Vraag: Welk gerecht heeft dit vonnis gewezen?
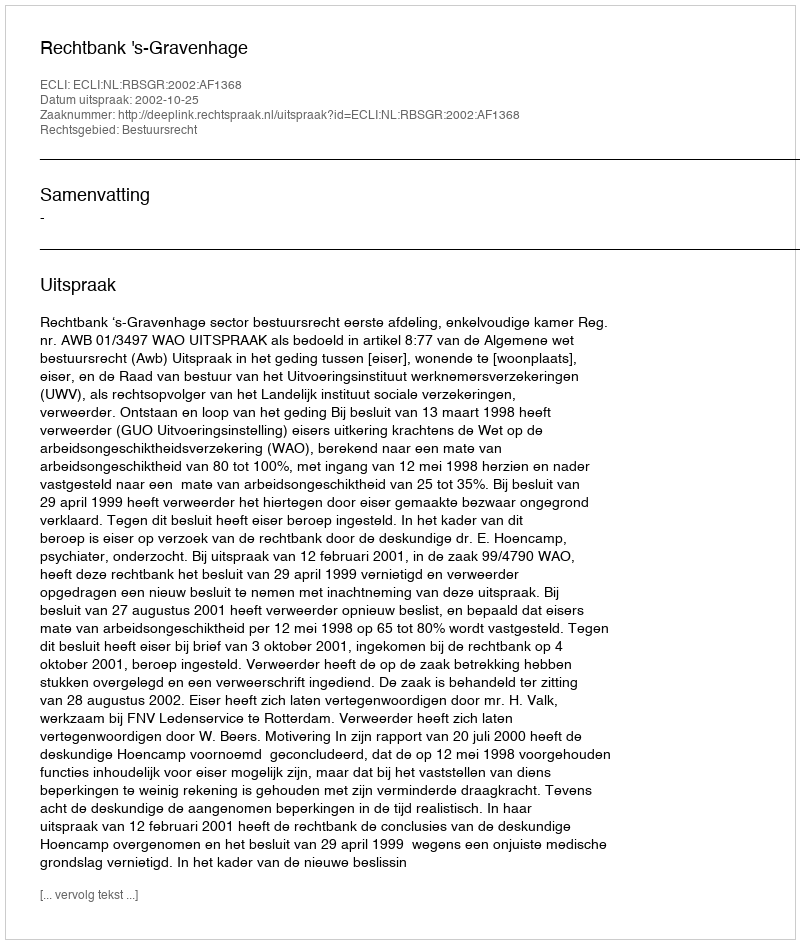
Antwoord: Rechtbank 's-Gravenhage